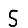
Digit: 5